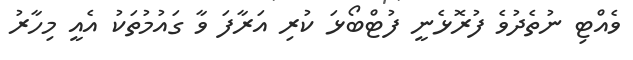
ވެއްޓި ނުތެދުވެ ފުރޮޅެނީ ފުޓްބޯޅަ ކުރި އަރާފަ ވާ ގައުމުތަކު އެއީ މިހާރު